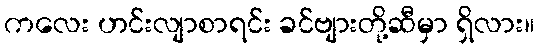
ကလေး ဟင်းလျာစာရင်း ခင်ဗျားတို့ဆီမှာ ရှိလား။